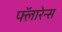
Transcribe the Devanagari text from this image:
फ्लॅारेन्स